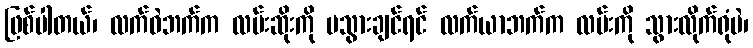
ဖြစ်ပါတယ်၊ လက်ဝဲဘက်က လမ်းဆိုးကို မသွားချင်ရင် လက်ယာဘက်က လမ်းကို သွားလိုက်ရုံပဲ၊